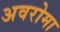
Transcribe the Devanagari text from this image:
अवरोमा